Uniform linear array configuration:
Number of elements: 48
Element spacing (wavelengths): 0.75
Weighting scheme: hann
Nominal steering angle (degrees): -15
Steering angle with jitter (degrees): -15.777
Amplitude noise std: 0.05
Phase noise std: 0.05

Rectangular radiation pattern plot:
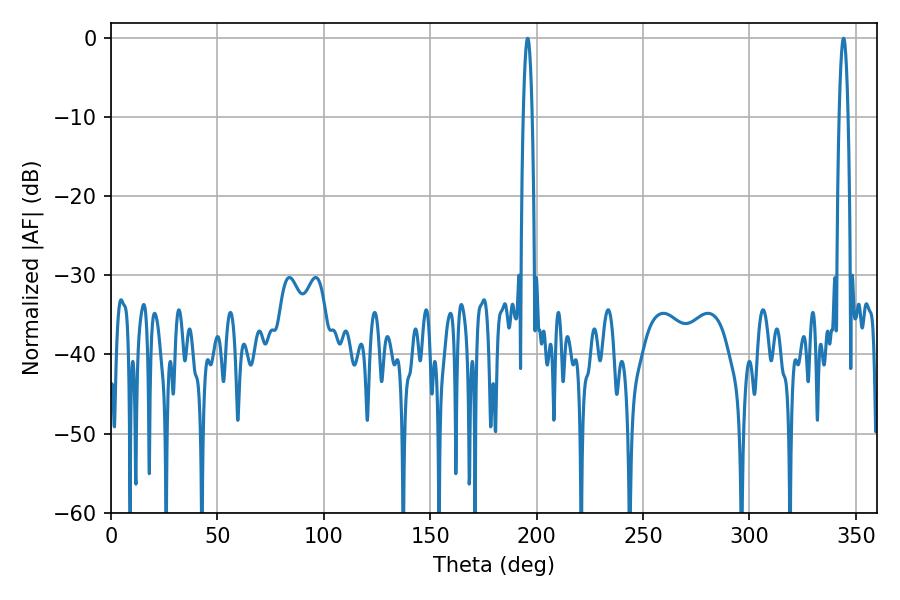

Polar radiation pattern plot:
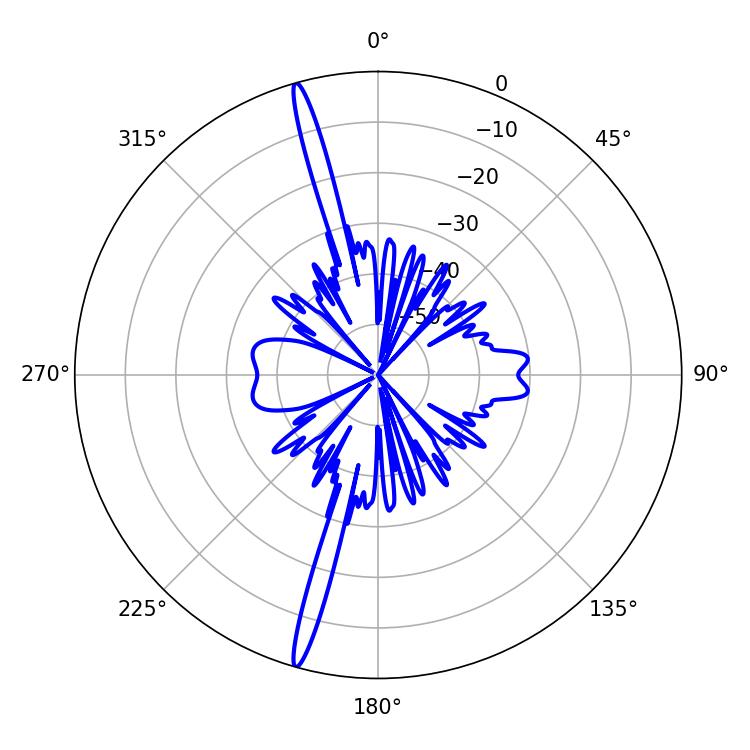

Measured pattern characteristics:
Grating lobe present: TRUE
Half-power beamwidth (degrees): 2.34
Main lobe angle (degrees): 195.84